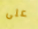
على